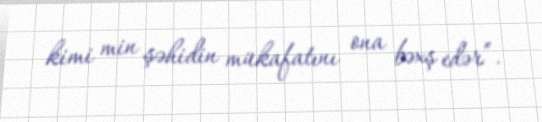
kimi min şəhidin mükafatını ona bəxş edər”.